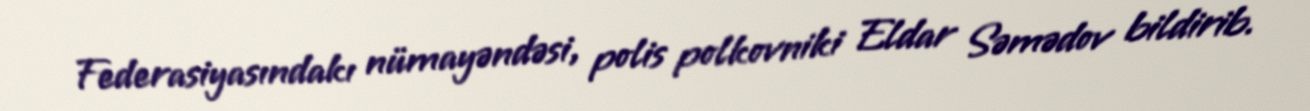
Federasiyasındakı nümayəndəsi, polis polkovniki Eldar Səmədov bildirib.